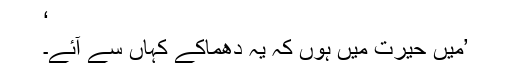
‘
’میں حیرت میں ہوں کہ یہ دھماکے کہاں سے آئے۔